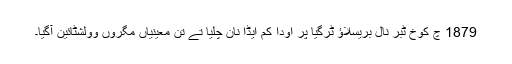
1879 چ کوخ ٹبر نال بریسلاؤ ٹرگیا پر اودا کم ایڈا نان چلیا تے تن معینیاں مگروں وولشٹائین آگیا۔